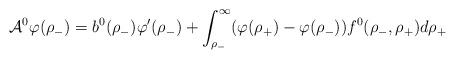
LaTeX: \begin{align*}\mathcal{A}^{0}\varphi(\rho_{-})=b^{0}(\rho_{-})\varphi'(\rho_{-}) +\int_{\rho_{-}}^{\infty} (\varphi(\rho_{+})-\varphi(\rho_{-}))f^{0}(\rho_{-},\rho_{+})d\rho_{+}\end{align*}